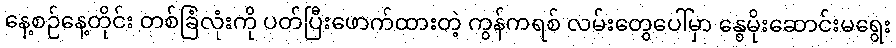
နေ့စဉ်နေ့တိုင်း တစ်ခြံလုံးကို ပတ်ပြီးဖောက်ထားတဲ့ ကွန်ကရစ် လမ်းတွေပေါ်မှာ နွေမိုးဆောင်းမရွေး